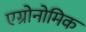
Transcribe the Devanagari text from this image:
एग्रोनोमिक